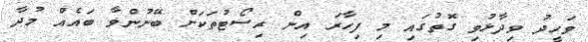
ވަހީދު ވިދާޅުވި ގޮތުގައި މި ފިހާރަ އިން ރިސޯޓުތަކަށް ބޭނުންވާ ބައެއް މުދާ